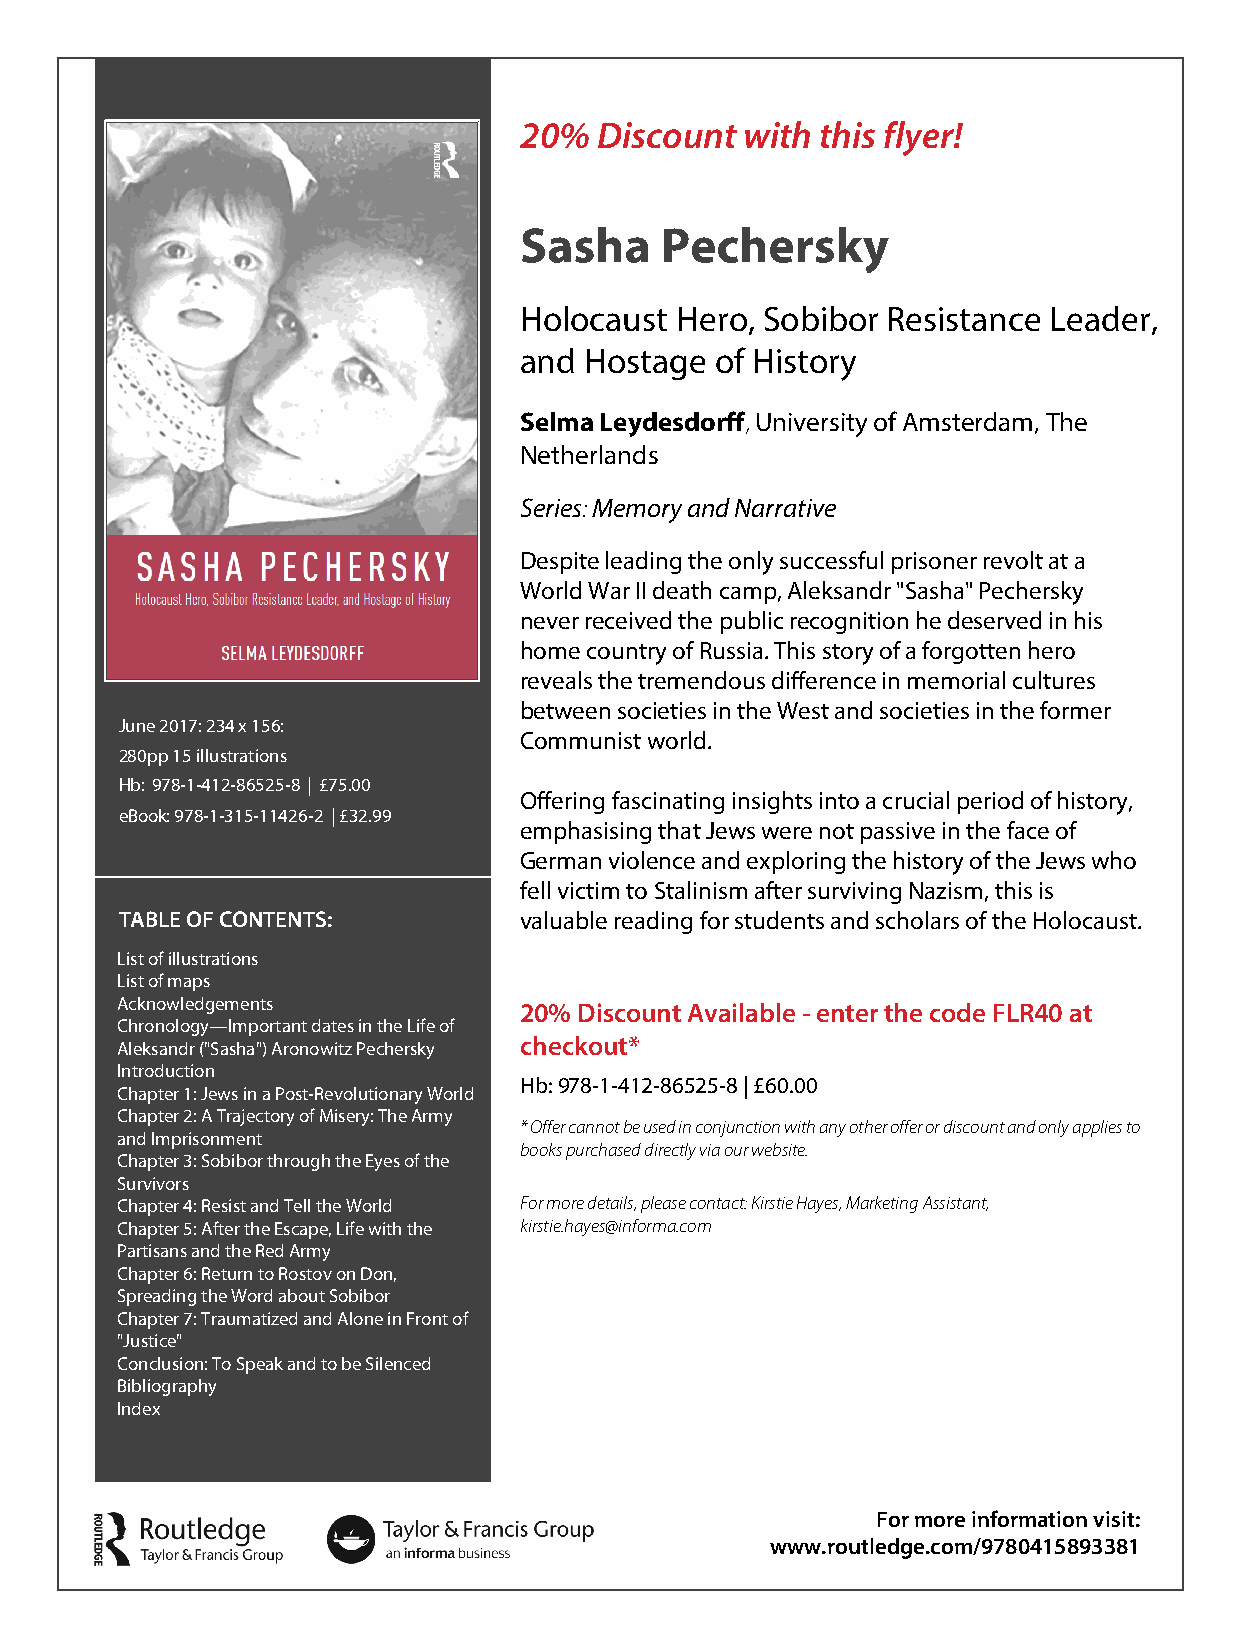
20%  Discount  with this flyer!
 Sasha     Pechersky
 Holocaust  Hero, Sobibor Resistance Leader,
 and  Hostage of History
 Selma Leydesdorff, University of Amsterdam, The
 Netherlands
 Series: Memory and Narrative
 Despite leading the only successful prisoner revolt at a
 World War II death camp, Aleksandr "Sasha" Pechersky
 never received the public recognition he deserved in his
 home country of Russia. This story of a forgotten hero
 reveals the tremendous difference in memorial cultures
 between societies in the West and societies in the former
 June 2017: 234 x 156:
 Communist world.
 280pp 15 illustrations
 Hb: 978-1-412-86525-8 | £75.00
 Offering fascinating insights into a crucial period of history,
 eBook: 978-1-315-11426-2 | £32.99
 emphasising that Jews were not passive in the face of
 German violence and exploring the history of the Jews who
 fell victim to Stalinism after surviving Nazism, this is
 TABLE OF CONTENTS:        valuable reading for students and scholars of the Holocaust.
 List of illustrations
 List of maps
 Acknowledgements
 20% Discount Available - enter the code FLR40 at
 Chronology—Important dates in the Life of
 Aleksandr ("Sasha") Aronowitz Pechersky checkout*
 Introduction
 Hb: 978-1-412-86525-8 | £60.00
 Chapter 1: Jews in a Post-Revolutionary World
 Chapter 2: A Trajectory of Misery: The Army
 * Offer cannot be used in conjunction with any other offer or discount and only applies to
 and Imprisonment
 books purchased directly via our website.
 Chapter 3: Sobibor through the Eyes of the
 Survivors
 Chapter 4: Resist and Tell the World For more details, please contact: Kirstie Hayes, Marketing Assistant,
 Chapter 5: After the Escape, Life with the kirstie.hayes@informa.com
 Partisans and the Red Army
 Chapter 6: Return to Rostov on Don,
 Spreading the Word about Sobibor
 Chapter 7: Traumatized and Alone in Front of
 "Justice"
 Conclusion: To Speak and to be Silenced
 Bibliography
 Index
 For more information visit:
 www.routledge.com/9780415893381